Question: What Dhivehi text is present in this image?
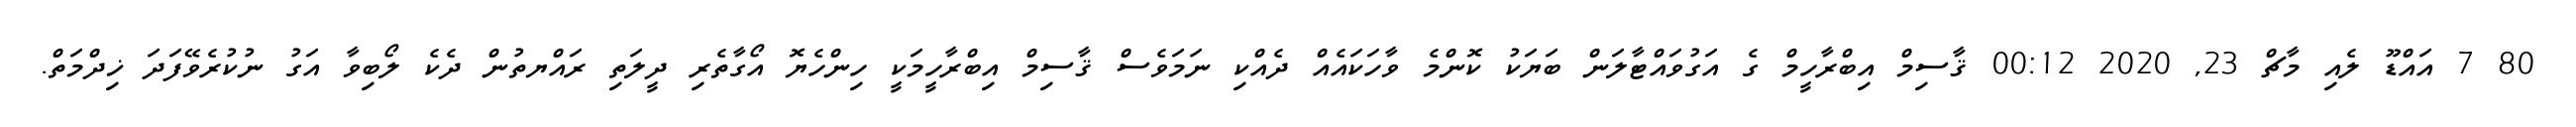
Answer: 80 7 އައްޑޫ ލެއި މާޗް 23, 2020 00:12 ޤާސިމް އިބްރާހީމް ގެ އަގުވައްޓާލަން ބަޔަކު ކޮންމެ ވާހަކައެއް ދެއްކި ނަމަވެސް ޤާސިމް އިބްރާހީމަކީ ހިންހެޔޮ އޯގާތެރި ދީލަތި ރައްޔތުން ދެކެ ލޯބިވާ އަގު ނުކުރެވޭފަދަ ޚިދްމަތް.